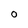
Character: O